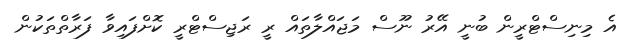
އެ މިނިސްޓްރީން ބުނީ އޭރު ނޫސް މަޖައްލާތައް ރީ ރަޖިސްޓްރީ ކޮށްފައިވާ ފަރާތްތަކުން